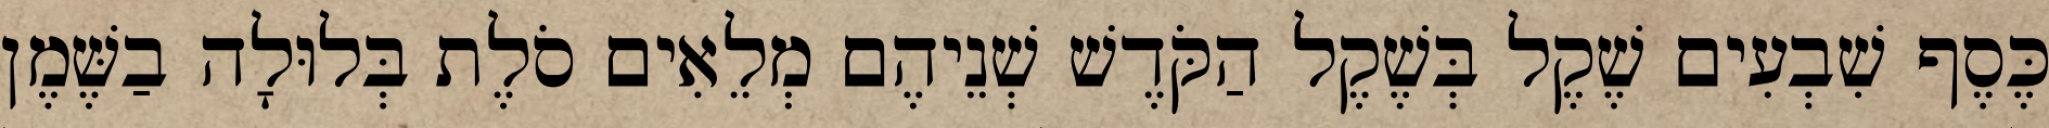
כֶּסֶף שִׁבְעִים שֶׁקֶל בְּשֶׁקֶל הַקֹּדֶשׁ שְׁנֵיהֶם מְלֵאִים סֹלֶת בְּלוּלָה בַשֶּׁמֶן